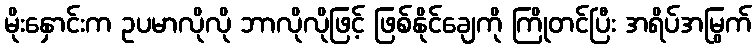
မိုးနှောင်းက ဥပမာလိုလို ဘာလိုလိုဖြင့် ဖြစ်နိုင်ချေကို ကြိုတင်ပြီး အရိပ်အမြွက်